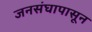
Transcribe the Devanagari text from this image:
जनसंघापासून